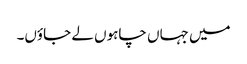
میں جہاں چاہوں لے جاؤں۔